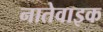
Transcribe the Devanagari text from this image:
नातेवाइक